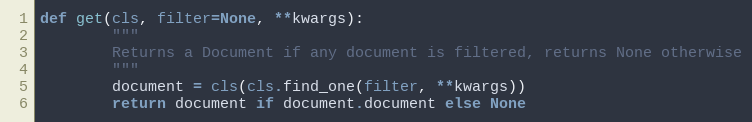
Language: Python
def get(cls, filter=None, **kwargs):
        """
        Returns a Document if any document is filtered, returns None otherwise
        """
        document = cls(cls.find_one(filter, **kwargs))
        return document if document.document else None